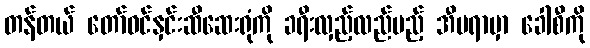
တန်တယ် တော်ဝင်နှင်းဆီဆေးရုံကို ခရီးလှည့်လည်မည့် အီဗရာမှာ ခေါစီကို